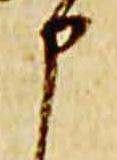
申